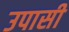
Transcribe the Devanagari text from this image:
उपासी